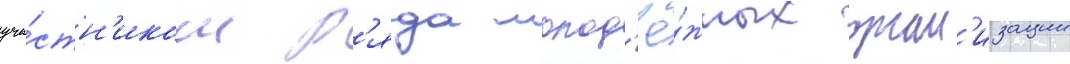
уча́стн'иком р'яда молод'ё́жных орган'изации